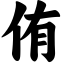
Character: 侑